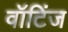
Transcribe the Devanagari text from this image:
वॉटिंज